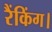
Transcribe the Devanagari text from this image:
रैंकिंग।